Lunatic asylums Punjab 1895-1910 - 1895-1910
Year: 1895
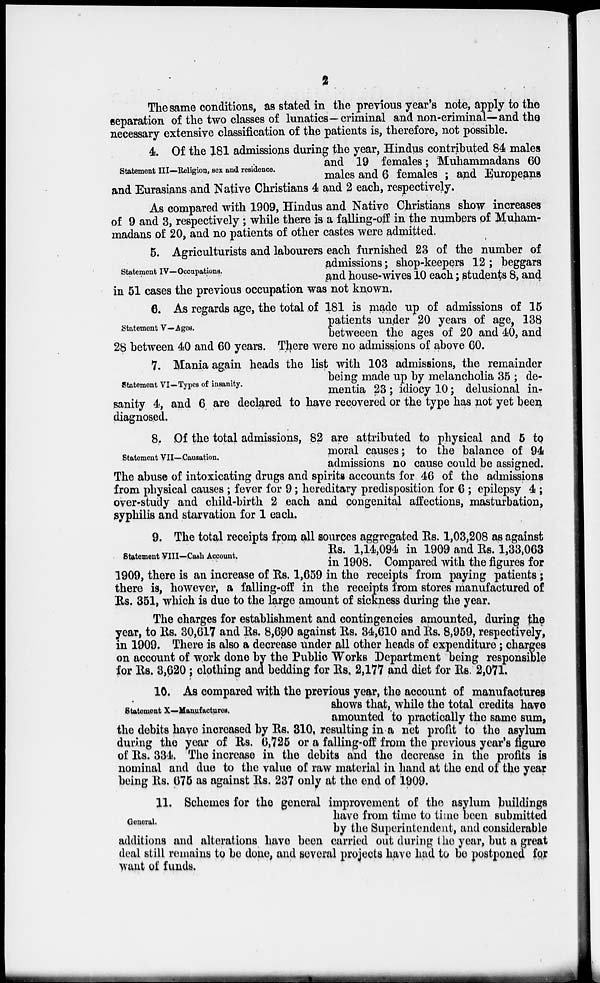
2
The same conditions, as stated in the previous year's note, apply to the
separation of the two classes of lunatics—criminal and non-criminal— and the
necessary extensive classification of the patients is, therefore, not possible.
Statement III—Religion, sex and residence.
4. Of the 181 admissions during the year, Hindus contributed 84 males
and 19 females ; Muhammadans 60
males and 6 females ; and Europeans
and Eurasians and Native Christians 4 and 2 each, respectively.
As compared with 1909, Hindus and Native Christians show increases
of 9 and 3, respectively ; while there is a falling-off in the numbers of Muham-
madans of 20, and no patients of other castes were admitted.
Statement IV—Occupations.
5. Agriculturists and labourers each furnished 23 of the number of
admissions ; shop-keepers 12 ; beggars
and house-wives 10 each ; students 8, and
in 51 cases the previous occupation was not known.
Statement V—Ages.
6. As regards age, the total of 181 is made up of admissions of 15
patients under 20 years of age, 138
betweeen the ages of 20 and 40, and
28 between 40 and 60 years. There were no admissions of above 60.
Statement VI—Types of insanity.
7. Mania again heads the list with 103 admissions, the remainder
being made up by melancholia 35 ; de-
mentia 23 ; idiocy 10 ; delusional in-
sanity 4, and 6 are declared to have recovered or the type has not yet been
diagnosed.
Statement VII—Causation.
8. Of the total admissions, 82 are attributed to physical and 5 to
moral causes; to the balance of 94
admissions no cause could be assigned.
The abuse of intoxicating drugs and spirits accounts for 46 of the admissions
from physical causes ; fever for 9 ; hereditary predisposition for 6 ; epilepsy 4 ;
over-study and child-birth 2 each and congenital affections, masturbation,
syphilis and starvation for 1 each.
Statement VIII—Cash Account.
9. The total receipts from all sources aggregated Rs. 1,03,208 as against
Rs. 1,14,094 in 1909 and Rs. 1,33,063
in 1908. Compared with the figures for
1909, there is an increase of Rs. 1,659 in the receipts from paying patients ;
there is, however, a falling-off in the receipts from stores manufactured of
Rs. 351, which is due to the large amount of sickness during the year.
The charges for establishment and contingencies amounted, during the
year, to Rs. 30,617 and Rs. 8,690 against Rs. 34,610 and Rs. 8,959, respectively,
in 1909. There is also a decrease under all other heads of expenditure ; charges
on account of work done by the Public Works Department being responsible
for Rs. 3,620 ; clothing and bedding for Rs. 2,177 and diet for Rs. 2,071.
Statement X—Manufactures.
10. As compared with the previous year, the account of manufactures
shows that, while the total credits have
amounted to practically the same sum,
the debits have increased by Rs. 310, resulting in a net profit to the asylum
during the year of Rs. 6,725 or a falling-off from the previous year's figure
of Rs. 334. The increase in the debits and the decrease in the profits is
nominal and due to the value of raw material in hand at the end of the year
being Rs. 675 as against Rs. 237 only at the end of 1909.
General.
11. Schemes for the general improvement of the asylum buildings
have from time to time been submitted
by the Superintendent, and considerable
additions and alterations have been carried out during the year, but a great
deal still remains to be done, and several projects have had to be postponed for
want of funds.